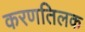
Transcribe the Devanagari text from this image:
करणतिलक